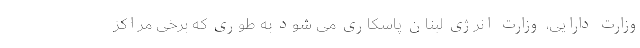
وزارت دارایی، وزارت انرژی لبنان پاسکاری می شود به طوری که برخی مراکز